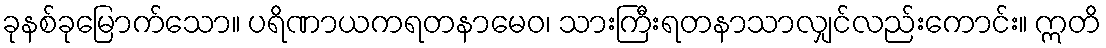
ခုနစ်ခုမြောက်သော။ ပရိဏာယကရတနာမေဝ၊ သားကြီးရတနာသာလျှင်လည်းကောင်း။ ဣတိ